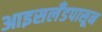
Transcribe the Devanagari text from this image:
आइसलँडपासून